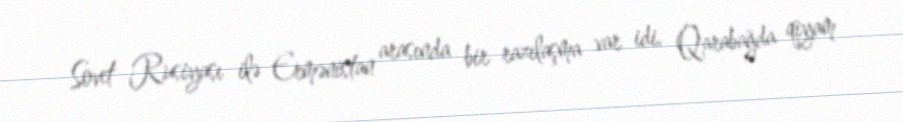
Sovet Rusiyası ilə Ermənistan arasında bir razılaşma var idi. Qarabağda qiyam